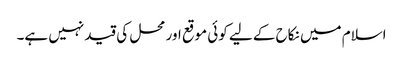
اسلام میں نکاح کے لیے کوئی موقع اور محل کی قید نہیں ہے۔